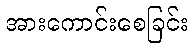
အားကောင်းစေခြင်း